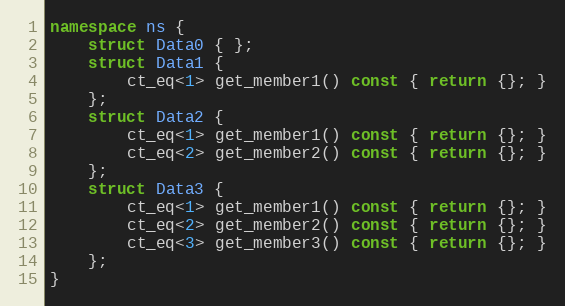
Language: C++
namespace ns {
    struct Data0 { };
    struct Data1 {
        ct_eq<1> get_member1() const { return {}; }
    };
    struct Data2 {
        ct_eq<1> get_member1() const { return {}; }
        ct_eq<2> get_member2() const { return {}; }
    };
    struct Data3 {
        ct_eq<1> get_member1() const { return {}; }
        ct_eq<2> get_member2() const { return {}; }
        ct_eq<3> get_member3() const { return {}; }
    };
}